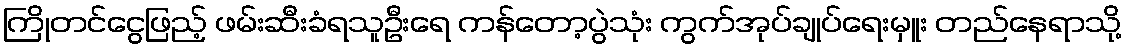
ကြိုတင်ငွေဖြည့် ဖမ်းဆီးခံရသူဦးရေ ကန်တော့ပွဲသုံး ကွက်အုပ်ချုပ်ရေးမှူး တည်နေရာသို့